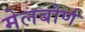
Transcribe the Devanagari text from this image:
मेलबोर्ण